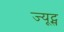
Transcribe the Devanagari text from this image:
ज्यूट्स